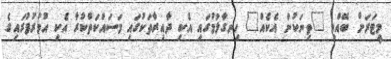
މީޓަރަށް ބޭއްވި "ތިނަކުން އެކެއް" ހިނގާލުމުގައި އެކި ދާއިރާތަކުގައި މަސައްކަތްކުރާ އެކި އުމުރުފުރައިގެ